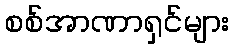
စစ်အာဏာရှင်များ